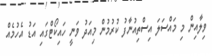
ވިލާއިން މި މައްސަލަ އިސްތިއުނާފު ކުުރުމުން މިއަދު ވަނީ ހައިކޯޓްގައި އަޑު އެހުމެއް